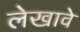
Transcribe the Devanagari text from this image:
लेखावे